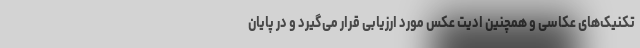
تکنیک‌های عکاسی و همچنین ادیت عکس مورد ارزیابی قرار می‌گیرد و در پایان